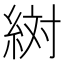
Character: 𬗔